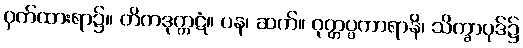
ဝှက်ထားရာ၌။ တိကဒုက္ကဋံ။ ပန၊ ဆက်။ ဝုတ္တပ္ပကာရာနိ၊ သိက္ခာပုဒ်၌